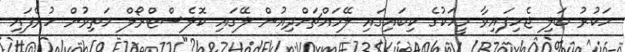
ހަކުރު ބަލި ޖެހިފައިވާ މީހަކުގެ ކިބައިގައި ލޭމައްޗަށްދިއުން ލޭގައި ކޮލެސްޓްރޯލް މަތިވުން ހުރެފައި